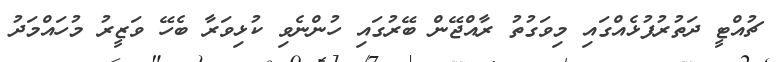
ޗުއްޓީ ދަތުރުފުޅެއްގައި މިވަގުތު ރާއްޖޭން ބޭރުގައި ހުންނެވި ކުޅިވަރާ ބެހޭ ވަޒީރު މުހައްމަދު